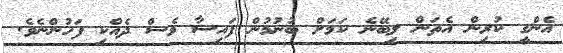
އެންގީ ކުރިން އެތަން ލިބޭނެ ކަމަށް ބުނުމުން ފައިސާ ވެސް ދެއްކި ފަހުންނެވެ.